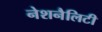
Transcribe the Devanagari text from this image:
नेशनैलिटी